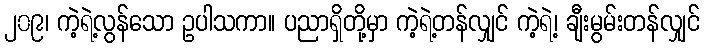
၂၀၉၊ ကဲ့ရဲ့လွန်သော ဥပါသကာ။ ပညာရှိတို့မှာ ကဲ့ရဲ့တန်လျှင် ကဲ့ရဲ့၊ ချီးမွမ်းတန်လျှင်